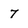
Character: 7